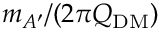
m _ { A ^ { \prime } } / ( 2 \pi Q _ { \mathrm { D M } } )